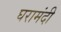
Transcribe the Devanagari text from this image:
घरामंदी